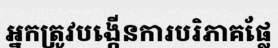
អ្នកត្រូវបង្កើនការបរិភាគផ្លែ